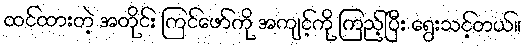
ထင်ထားတဲ့ အတိုင်း ကြင်ဖော်ကို အကျင့်ကို ကြည့်ပြီး ရွေးသင့်တယ်။